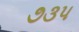
૭૩૫